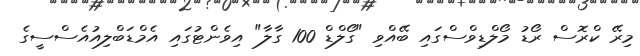
މިރޭ ކްރޮސް ރޯޑު މޯލްޑިވްސްގައި ބޭއްވި "ގޯލްޑް 100 ގާލާ" އިވެންޓުގައި އެމްޑަބްލިއުއެސްސީގެ